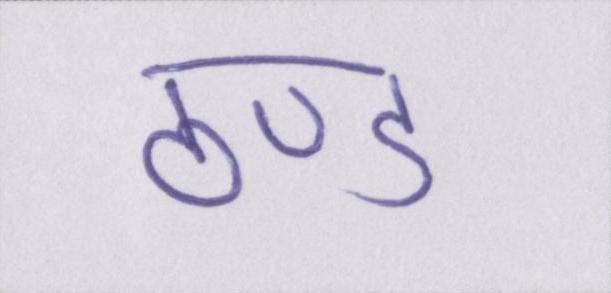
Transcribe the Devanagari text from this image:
ठण्ड